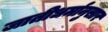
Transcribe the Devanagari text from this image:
जातीधर्मानुसार